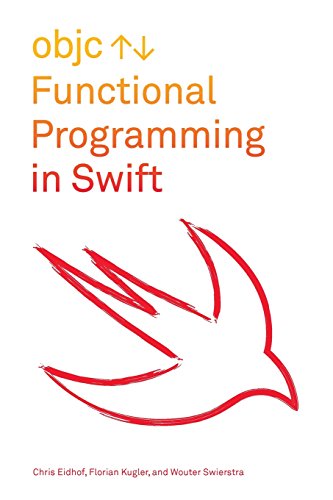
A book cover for Functional Programming in Swift; Chris Eidhof; Computers & Technology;